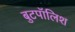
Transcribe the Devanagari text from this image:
बुटपॉलिश